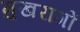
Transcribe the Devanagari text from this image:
मुखरागों